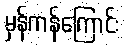
မှန်ကန်ကြောင်း